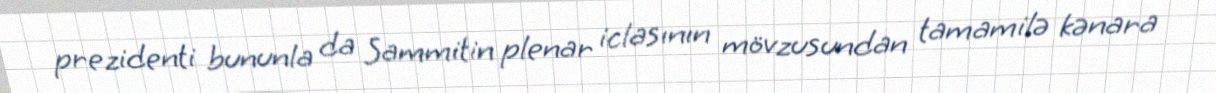
prezidenti bununla da Sammitin plenar iclasının mövzusundan tamamilə kənara